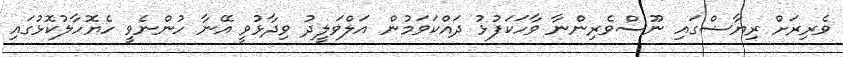
ވެރިރަށް ރިޔާޟްގައި ނޫސްވެރިންނާ ވާހަކަފުޅު ދައްކަވަމުން އަލްވަލީދު ވިދާޅުވީ އޭނާ ހުންނެވީ ހެޔޮހާލުކޮޅުގައި